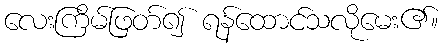
လေးကြိမ်ဖြတ်၍ ရန်ထောင်သလိုမေး၏။